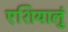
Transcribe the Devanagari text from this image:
एशियालुं